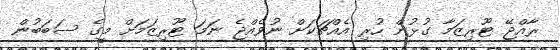
ރާއްޖޭ ޓޫރިޒަމާ ގުޅުން ހުރި އެއްޗަކަށް ނުވެއްޖެ ނަމަ ޓޫރިޒަމަށް މީގެ ސަބަބުން